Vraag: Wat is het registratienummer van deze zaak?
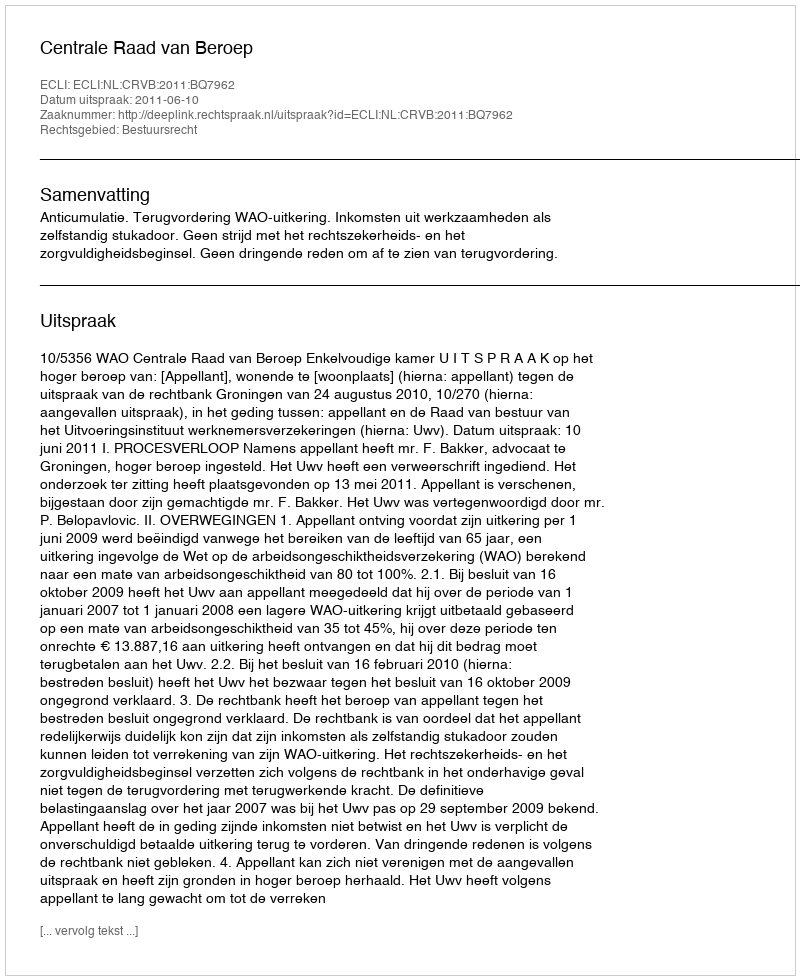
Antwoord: http://deeplink.rechtspraak.nl/uitspraak?id=ECLI:NL:CRVB:2011:BQ7962